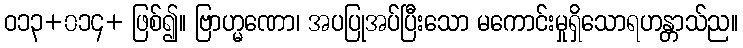
ဝ၁၃+၀၁၄+ ဖြစ်၍။ ဗြာဟ္မဏော၊ အပပြုအပ်ပြီးသော မကောင်းမှုရှိသောရဟန္တာသ်ည။